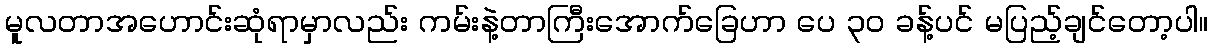
မူလတာအဟောင်းဆုံရာမှာလည်း ကမ်းနဲ့တာကြီးအောက်ခြေဟာ ပေ ၃၀ ခန့်ပင် မပြည့်ချင်တော့ပါ။